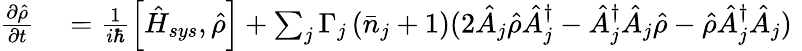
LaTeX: \begin{array}{rl}{{\frac{\partial\hat{\rho}}{\partial t}}}&{{}=\frac{1}{i\hbar}\left[\hat{H}_{sys},\hat{\rho}\right]+\sum_{j}\Gamma_{j}\left(\bar{n}_{j}+1\right)(2\hat{A}_{j}\hat{\rho}\hat{A}_{j}^{\dagger}-\hat{A}_{j}^{\dagger}\hat{A}_{j}\hat{\rho}-\hat{\rho}\hat{A}_{j}^{\dagger}\hat{A}_{j})\, \, }\end{array}